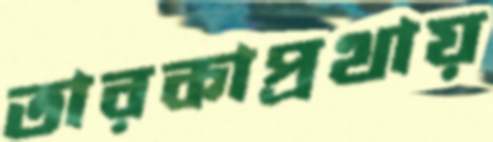
তারকাপ্রথায়